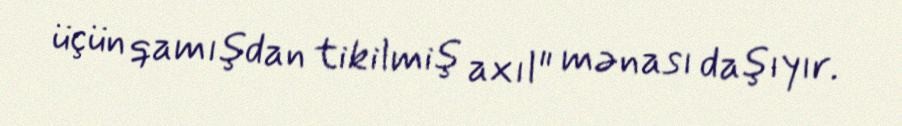
üçün qamışdan tikilmiş axıl" mənası daşıyır.